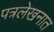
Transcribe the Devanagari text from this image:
पत्रलेखनात